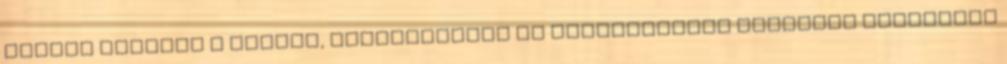
Fizika tanterv a normál, kéttannyelvű és sportiskolai tantervi képzésben